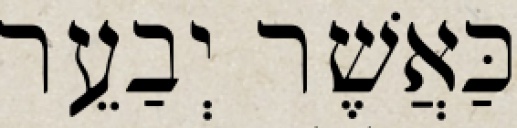
כַּאֲשֶׁר יְבַעֵר